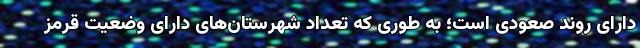
دارای روند صعودی است؛ به طوری که تعداد شهرستان‌های دارای وضعیت قرمز